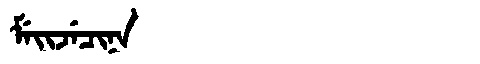
Manchu: ᠮᡝᡳᠵᡝᠴᡳᠨᠠ
Romanization: MEIJECINA